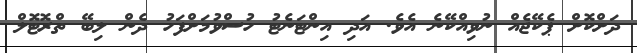
ދަށްކޮށް ޕެކޭޖެއް ނުވިއްކޭނެ އެވެ. އަދި އިންޓަނެޓު ހުސްވުމަށްފަހު ދެން ލިބޭ ތްރޮޓޮލް